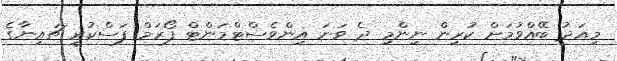
މިއަދު ބޭއްވުމަށް ކުރިން ނިންމި ދެ ވަނަ އިންވެސްޓްމަންޓް ފޯރަމް ފަސްކުރީ ޗައިނާގެ